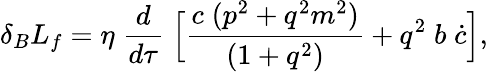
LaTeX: \delta_{B}L_{f}=\eta\; \frac{d}{d\tau}\; \Bigl[\frac{c\; (p^{2}+q^{2}m^{2})}{(1+q^{2})}+q^{2}\; b\; \dot{c}\Bigr],